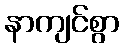
နာကျင်စွာ